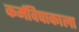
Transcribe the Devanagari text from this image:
कर्मविपाकाला